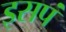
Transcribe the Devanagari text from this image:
इसपं